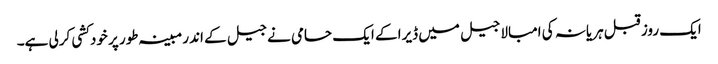
ایک روز قبل ہریانہ کی امبالا جیل میں ڈیرا کے ایک حامی نے جیل کے اندر مبینہ طور پر خودکشی کرلی ہے۔